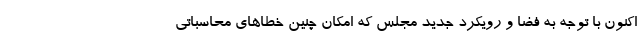
اکنون با توجه به فضا و رویکرد جدید مجلس که امکان چنین خطاهای محاسباتی